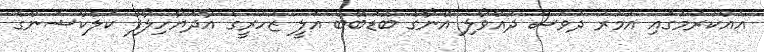
އެއްކުރުމުގައި އުމުރު ދުވަސް ދުއްވާލި އޭނާގެ ބޮޑުބޭބެ އަލީ ޒުހުރީގެ އާދަޔާހިލާފު ކަލެކްޝަންގެ